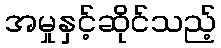
အမှုနှင့်ဆိုင်သည့်